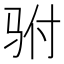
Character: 驸